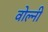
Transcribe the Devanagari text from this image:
वोल्नी